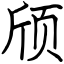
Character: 颀